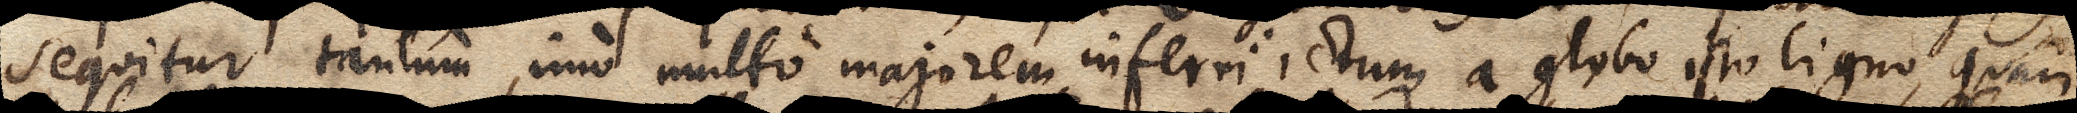
sequitur tantum, imo multo majorem inferri ictum a globo isto ligneo, quam